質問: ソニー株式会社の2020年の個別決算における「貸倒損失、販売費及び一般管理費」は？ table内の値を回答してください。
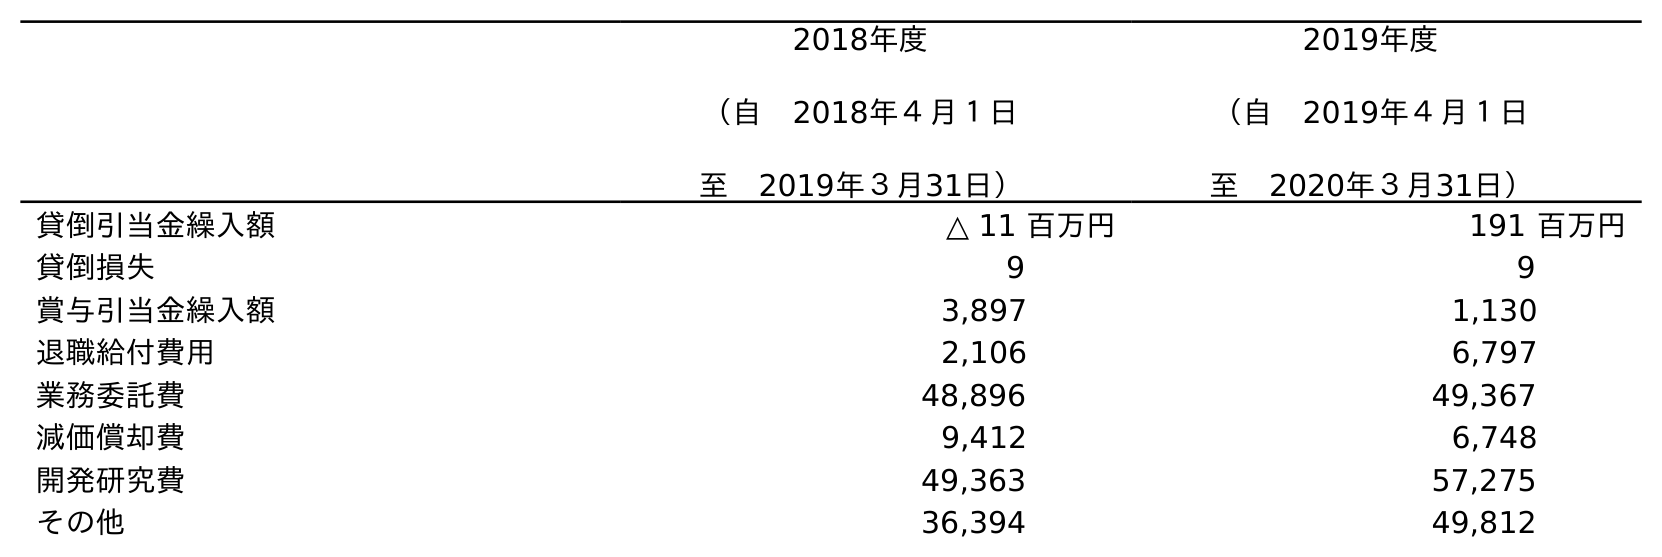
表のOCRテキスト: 2018年度 （自 2018年４月１日 至 2019年３月31日） 2019年度 （自 2019年４月１日 至 2020年３月31日） 貸倒引当金繰入額 △ 11 百万円 191 百万円 貸倒損失 9 9 賞与引当金繰入額 3,897 1,130 退職給付費用 2,106 6,797 業務委託費 48,896 49,367 減価償却費 9,412 6,748 開発研究費 49,363 57,275 その他 36,394 49,812
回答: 9